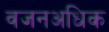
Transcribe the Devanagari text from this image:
वजनअधिक